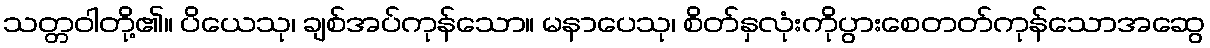
သတ္တဝါတို့၏။ ပိယေသု၊ ချစ်အပ်ကုန်သော။ မနာပေသု၊ စိတ်နှလုံးကိုပွားစေတတ်ကုန်သောအဆွေ